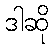
ဒါဆို